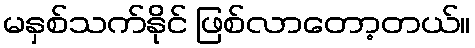
မနှစ်သက်နိုင် ဖြစ်လာတော့တယ်။